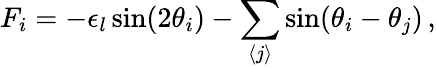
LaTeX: F_{i}=-\epsilon_{l}\sin(2\theta_{i})-\sum_{\langle j\rangle}\sin(\theta_{i}-\theta_{j})\, ,